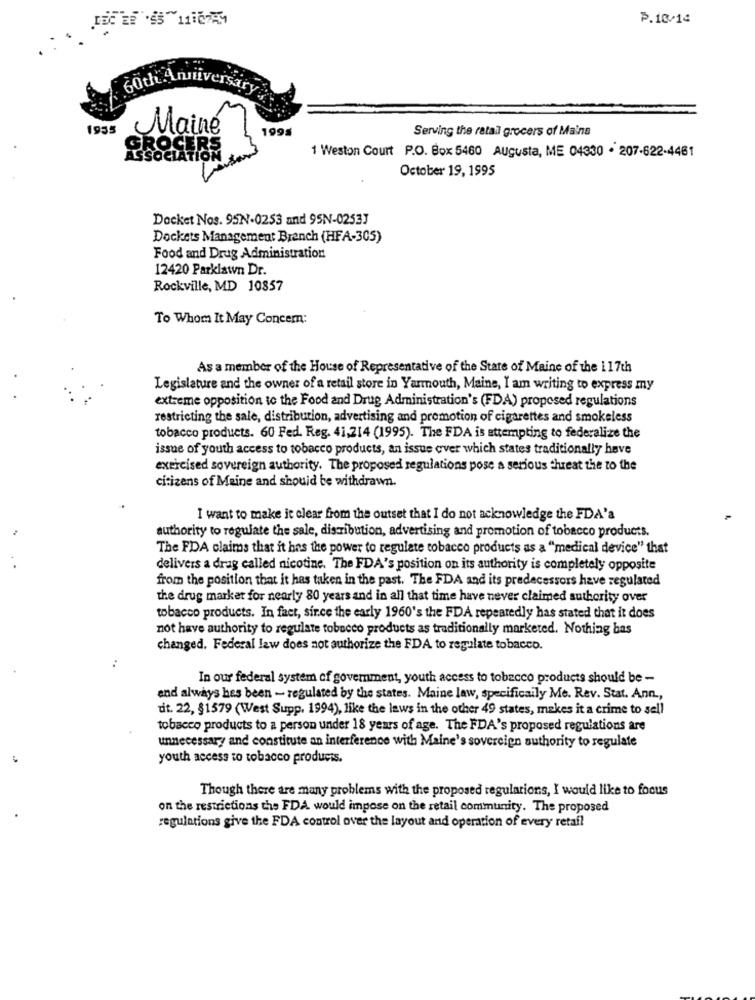
P.10/14
60th Anniversary
1955
Mainé
1995
Serving the retail grocers of Mains
1 Weston Court P.O. Box 5460 Augusta, ME 04330 · 207-622-4461
SSOCIATION
October 19, 1995
Docket Nos. 95N.0253 and 95N-02533
Dockets Management Branch (HFA-305)
Food and Drug Administration
12420 Parklawn Dr.
Rockville, MD 10857
To Whom It May Concern:
As a member of the House of Representative of the State of Maine of the 1 17th
Legislature and the owner of a retail store in Yarmouth, Maine, I am writing to express my
extreme opposition to the Food and Drug Administration's (FDA) proposed regulations
restricting the sale, distribution, advertising and promotion of cigarettes and smokeless
tobacco products. 60 Fed. Reg. 41,214 (1995). The FDA is attempting to federalize the
issue of youth access to tobacco products, an issue over which states traditionally have
exercised sovereign authority. The proposed regulations pose a serious threat the to the
citizens of Maine and should be withdrawn.
I want to make it clear from the outset that I do not acknowledge the FDA'a
authority to regulate the sale, distribution, advertising and promotion of tobacco products.
The FDA claims that it has the power to regulate tobacco products as a "medical device" that
delivers a drag called nicotine. The FDA's position on its authority is completely opposite
from the position that it has taken in the past. The FDA and its predecessors have regulated
the drug market for nearly 80 years and in all that time have never claimed authority over
tobacco products. In fact, since the early 1960's the FDA repeatedly has stated that it does
not have authority to regulate tobacco products as traditionally marketed. Nothing has
changed. Federal law does not authorize the FDA to regulate tobacco.
In our federal system of government, youth access to tobacco products should be -
and always hes been - regulated by the states. Maine law, specificaily Me. Rev. Stat. Ann .,
tit. 22, 81579 (West Supp. 1994), like the laws in the other 49 states, makes it a crime to sell
tobacco products to a person under 18 years of age. The FDA's proposed regulations are
unnecessary and constitute an interference with Maine's sovereign authority to regulate
youth access to tobacco products.
Though there are many problems with the proposed regulations, I would like to focus
on the restrictions the FDA would impose on the retail community. The proposed
regulations give the FDA control over the layout and operation of every retail